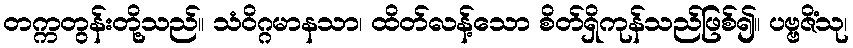
တက္ကတွန်းတို့သည်။ သံဝိဂ္ဂမာနသာ၊ ထိတ်လန့်သော စိတ်ရှိကုန်သည်ဖြစ်၍။ ပဗ္ဗဇိံသု၊